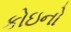
કોઇનો